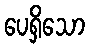
ပေရှိသော